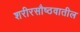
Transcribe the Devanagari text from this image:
शरीरसौष्ठवातील